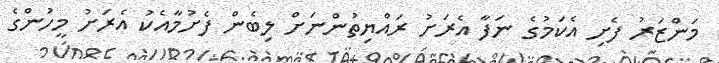
މަންޒަރު ފެށި އެކަމުގެ ނަފާ އެރަށު ރައްޔިތުންނަށް ލިބެން ފެށުމާއެކު އެރަށު މީހުންގެ